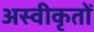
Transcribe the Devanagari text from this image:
अस्‍वीकृतों